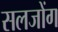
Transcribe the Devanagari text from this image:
सलजोंग